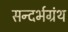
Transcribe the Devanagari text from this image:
सन्दर्भग्रंथ